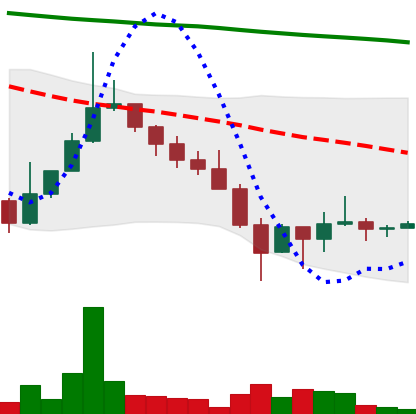
Ticker: DOGE-USD
Chart end date: 2022-01-29
Forward return: -3.855%
Label: down_3_5